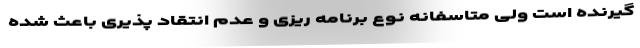
گیرنده است ولی متاسفانه نوع برنامه ریزی و عدم انتقاد پذیری باعث شده